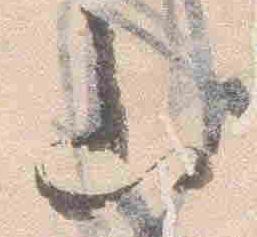
山